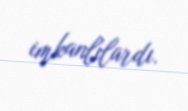
imkanlılardı.